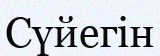
Сүйегін